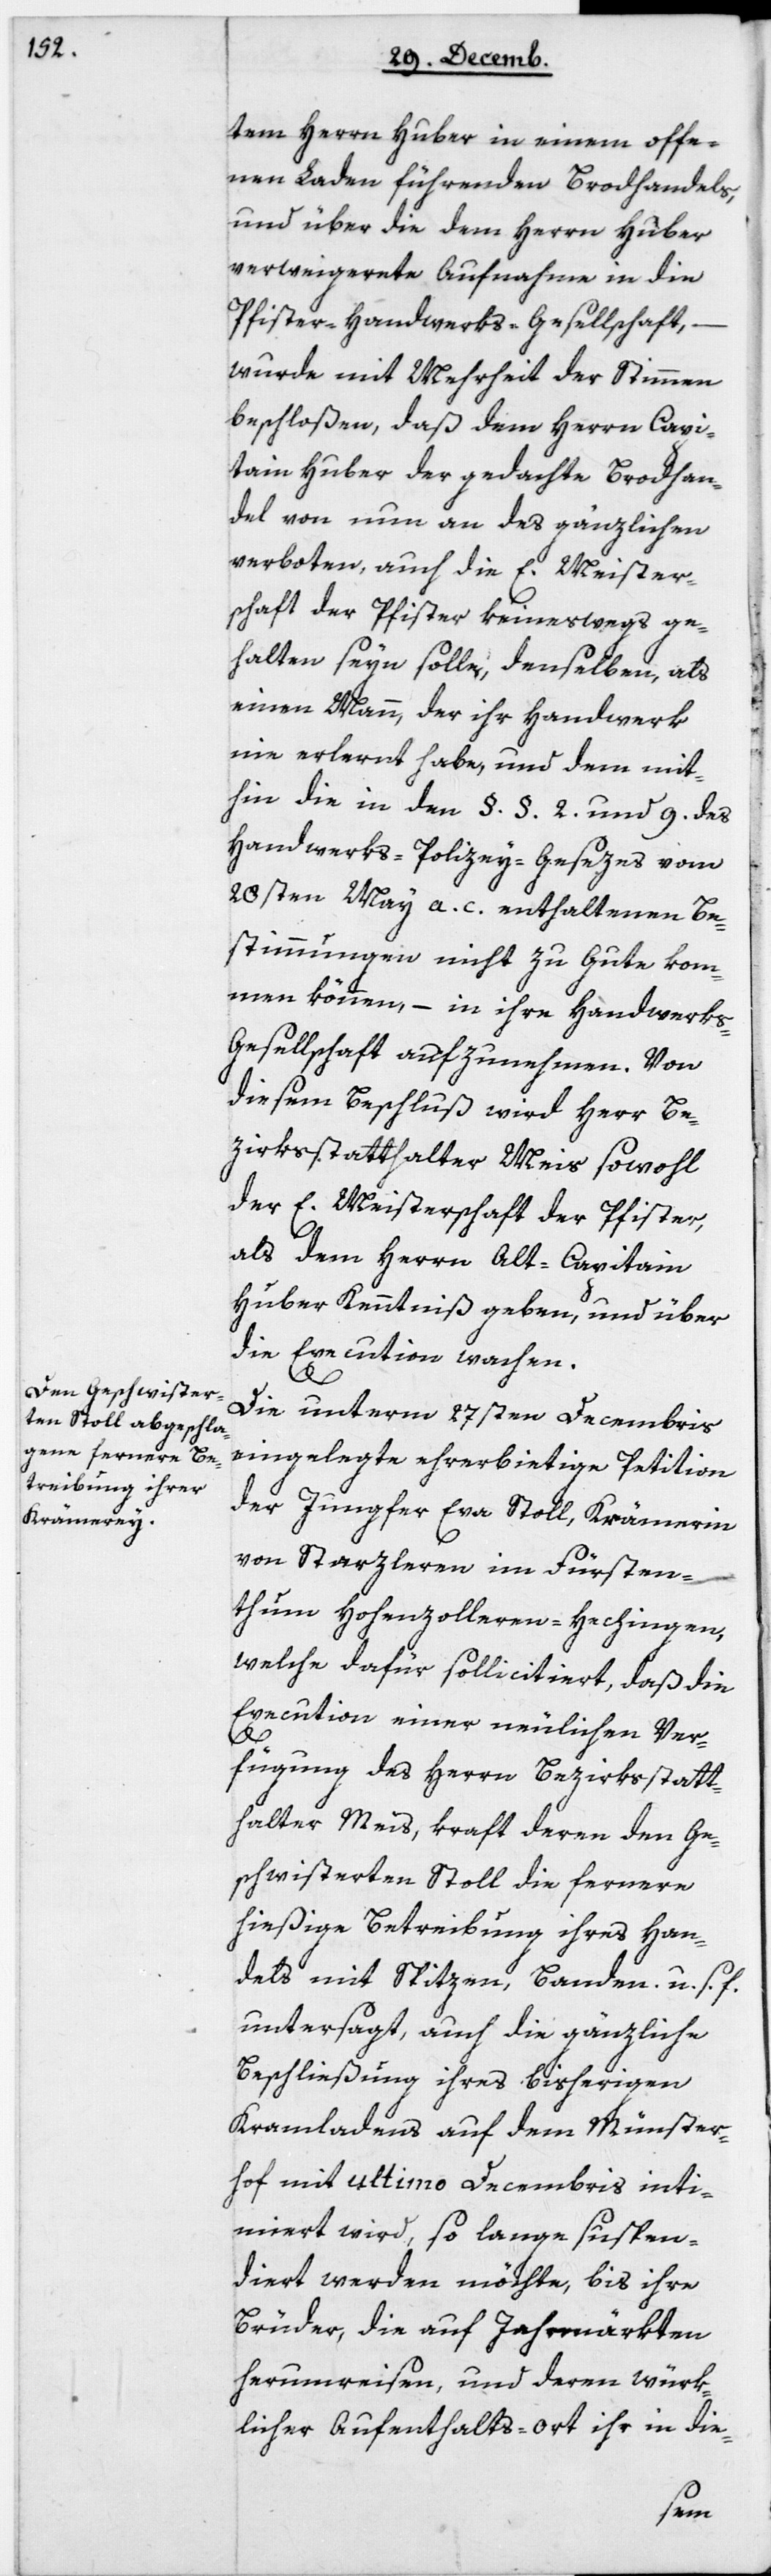
tem Herrn Huber in einem offe¬
nen Laden führenden Brodhandels,
und über die dem Herrn Huber
verweigerte Aufnahme in die
Pfister-Handwerks-Gesellschaft,
wurde mit Mehrheit der Stimmen
beschloßen, daß dem Herrn Capi¬
tain Huber der gedachte Brodhan¬
del von nun an des gänzlichen
verboten, auch die E. Meister¬
schaft der Pfister keineswegs ge¬
halten seyn solle, denselben, als
einen Mann, der ihr Handwerk
nie erlernt habe, und dem mit¬
hin die in den § § 2 und 9 des
Handwerks-Polizey-Gesezes vom
20sten May a. c. enthaltenen Be¬
stimmungen nicht zugute kom¬
men können, – in ihre Handwerk¬
s-Gesellschaft aufzunehmen. Von
diesem Beschluß wird Herr Be¬
zirksstatthalter Meis sowohl
der E Meisterschaft der Pfister,
als dem Herrn alt Capitain
Huber Kenntniß geben, und über
die Execution wachen.
Die unterm 27sten Decembris
eingelegte ehrerbietige Petition
der Jungfer Eva Stoll, Krämerin
von Starzleren im Fürsten¬
thum Hohenzollern-Hechingen,
welche dafür sollicitiert, daß die
Execution einer neulichen Ver¬
fügung des Herrn Bezirksstatt¬
halter Meis, kraft deren den Ge¬
schwisterten Stoll die fernere
hießige Betreibung ihres Han¬
dels mit Spitzen, Banden u. s. f.
untersagt, auch die gänzliche
Beschließung ihres bisherigen
Kramladens auf dem Münster¬
hof mit ultimo Decembris inti¬
miert wird, so lange suspen¬
diert werden möchte, bis ihre
Brüder, die auf Jahrmärkten
herumreisen, und deren würk¬
licher Aufenthalts-ort ihr in die-